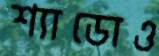
শ্যাডোও